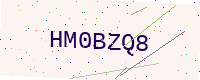
Text: HM0BZQ8